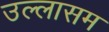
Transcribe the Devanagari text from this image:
उल्लासम